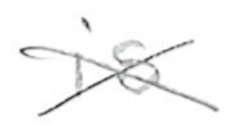
Text: is
Cross-out: cross
Writing tool: pencil